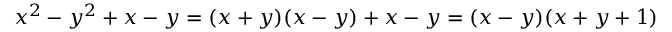
x ^ { 2 } - y ^ { 2 } + x - y = ( x + y ) ( x - y ) + x - y = ( x - y ) ( x + y + 1 )